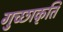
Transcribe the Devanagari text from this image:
गुच्छाकृति